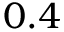
0 . 4